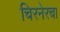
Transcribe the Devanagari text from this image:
चिरनेरचा